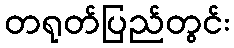
တရုတ်ပြည်တွင်း